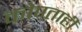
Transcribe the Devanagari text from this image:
कोण्ताही